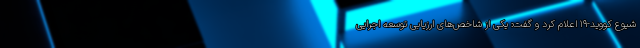
شیوع کووید-۱۹ اعلام کرد و گفت: یکی از شاخص‌های ارزیابی توسعه اجرایی